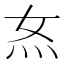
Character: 𭴇